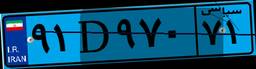
۹۱D۹۷۰۷۱